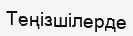
Теңізшілерде